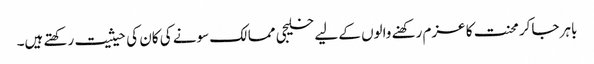
باہر جاکر محنت کا عزم رکھنے والوں کے لیے خلیجی ممالک سونے کی کان کی حیثیت رکھتے ہیں۔